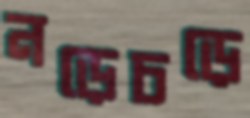
নড়েচড়ে